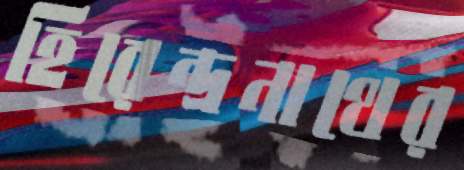
হিরেন্দ্রনাথের